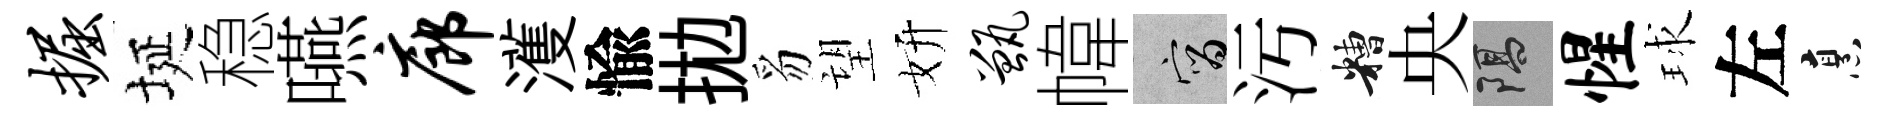
掘埏稳嚥廊濩愉拋豸望妍甑幃宵汚糟央隔惺球左烹